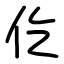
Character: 仡